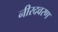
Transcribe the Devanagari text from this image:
नीरदवरण